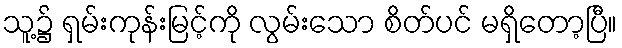
သူ့၌ ရှမ်းကုန်းမြင့်ကို လွမ်းသော စိတ်ပင် မရှိတော့ပြီ။